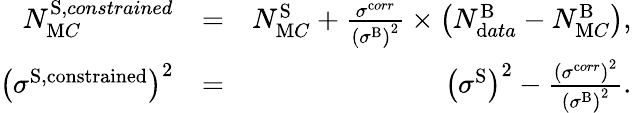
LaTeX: \begin{array}{rlr}{N_{\textrm MC}^{\textrm S,constrained}}&{=}&{N_{\textrm MC}^{\textrm S}+\frac{{\sigma}^{\textrm corr}}{\left({\sigma}^{\textrm B}\right)^{2}}\times\left(N_{\textrm data}^{\textrm B}-N_{\textrm MC}^{\textrm B}\right),}\\ {\left({\sigma}^{\textrm{S,constrained}}\right)^{2}}&{=}&{\left({\sigma}^{\textrm{S}}\right)^{2}-\frac{\left({\sigma}^{\textrm corr}\right)^{2}}{\left({\sigma}^{\textrm B}\right)^{2}}.}\end{array}